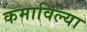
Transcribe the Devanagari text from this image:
कमाविल्या